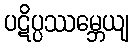
ပဋိပ္ပဿမ္ဘေယျ